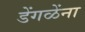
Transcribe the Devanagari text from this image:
डेंगळेंना